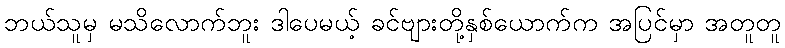
ဘယ်သူမှ မသိလောက်ဘူး ဒါပေမယ့် ခင်ဗျားတို့နှစ်ယောက်က အပြင်မှာ အတူတူ